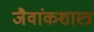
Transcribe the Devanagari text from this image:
जैवांकशास्त्र